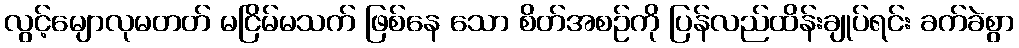
လွင့်မျောလုမတတ် မငြိမ်မသက် ဖြစ်နေ သော စိတ်အစဉ်ကို ပြန်လည်ထိန်းချုပ်ရင်း ခက်ခဲစွာ